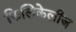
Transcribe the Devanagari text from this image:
फिलिकेलीज